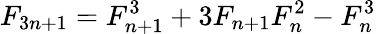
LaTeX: F_{3n+1}=F_{n+1}^{3}+3F_{n+1}F_{n}^{2}-F_{n}^{3}